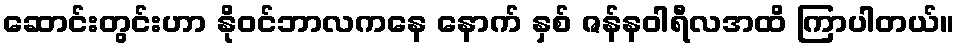
ဆောင်းတွင်းဟာ နိုဝင်ဘာလကနေ နောက် နှစ် ဇန်နဝါရီလအထိ ကြာပါတယ်။